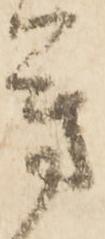
芳